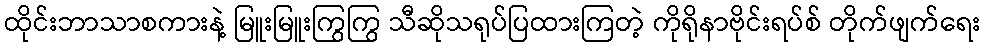
ထိုင်းဘာသာစကားနဲ့ မြူးမြူးကြွကြွ သီဆိုသရုပ်ပြထားကြတဲ့ ကိုရိုနာဗိုင်းရပ်စ် တိုက်ဖျက်ရေး